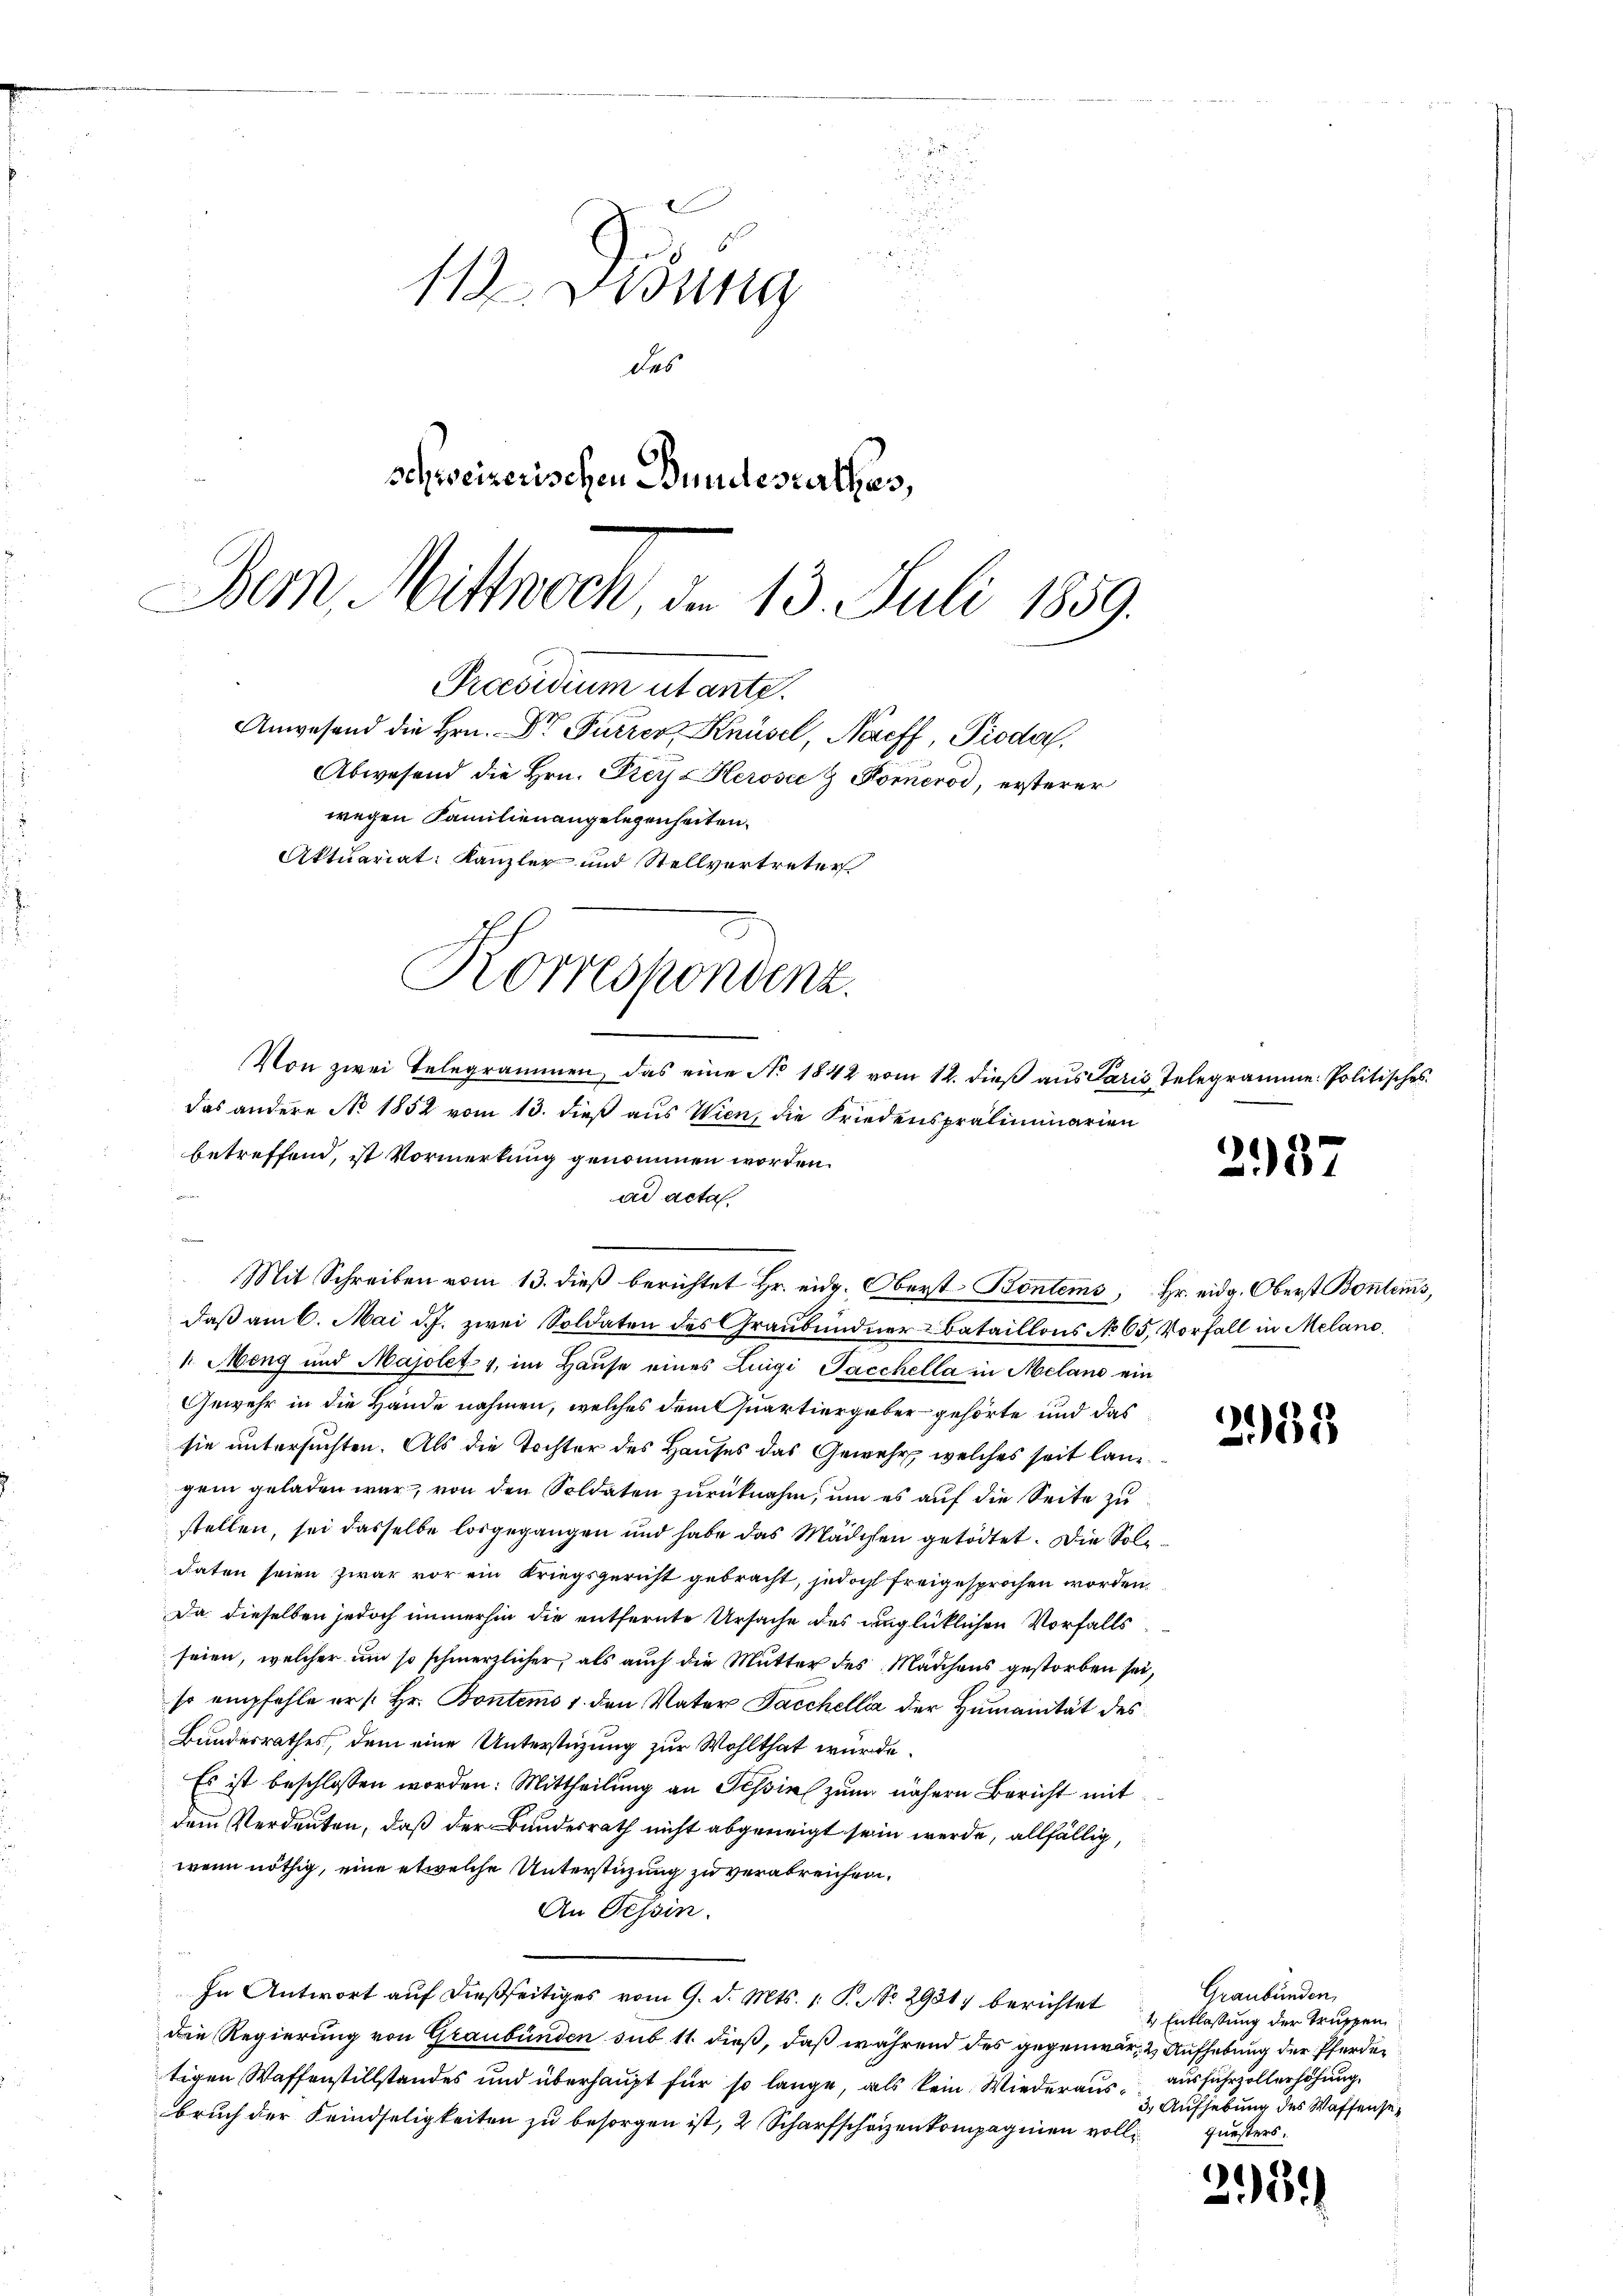
2
 20

1
11 Didung
des
schweizerischen Bundesrathes,
Dem Mittwoch, d. 13. Juli 1859.
Præsidium utante.
Anwesend die Hrn. Dr Furrer Knüsel, Naeff, Pioda,
Abwesend die Hrn. Preys Herose & Kornerod, ersterer
wegen Familienangelegenheiten.
Aktuariat: Kanzler und Stellvertreter

Von zwei Telegrammen, das eine No 1842 vom 12. dieß aus Paris Telegramme. Politisches
das andere No 1852 vom 13. dieß aus Wien, die Friedenspräliminarien
betreffend, ist Vormerkung genommen worden.
ad acta

Korrespondenz.

d
daß am 6. Mai d. J. zwei Soldaten des Graubündner-Bataillons No 65. Vorfall in Meland.
1. Meng und Majolet, im Haŭse eines Luigi Pacchella in Meland ein
Gewehr in die Hände nahmen, welches dem Quartiergeber gehörte und das
sie untersuchten. Als die Tochter des Hauses das Gewehr, welches seit lang
gem geladen war, von den Soldaten zurücknahm, um es auf die Seite zu
stellen, sei dasselbe losgegangen und habe das Mädchen getödtet. Die Sole
daten seien zwar vor ein Kriegsgericht gebracht, jedoch freigesprochen worden.
Da dieselben jedoch immerhin die entfernte Ursache des unglücklichen Vorfalls
seien, welcher um so schmerzlicher, als auch die Mutter des Mädchens gestorben sei,
so empfehle er s. Hr. Bontems 1. den Vater Sacchelli der Humannität des
Bundesrathes, dem eine Unterstüzung zur Wohlthat würde.
Es ist beschlossen worden: Mittheilung an Tessin zum nähern Bericht mit
dem Verdeuten, daß der Bundesrath nicht abgeneigt sein werde, allfällig,
wenn nöthig, eine etwelche Unterstüzung zu verabreichen.
An Tessin.
In Antwort auf dießseitiges vom 9. d. Mts. 1. P. NNo. 2931. berichtet
Die Regierung von Graubünden sub 11. dieß, daß während des gegenwär- & Aufhebung der Pferdetigen Waffenstillstandes und überhaupt für so lange, als kein Wiederaus ausfuhrzollerhöhung
bruch der Feindseligkeiten zu besorgen ist, 2 Scharfschaizenkompagnien volle questers

Mit Schreiben vom 13. dieß berichtet Hr. eidg. Oberst Bontems, Hr. eidg. Oberst Bontems,

2937

2033

Graubünden,
4 Entlaßung der Truppen
3.) Aufhebung des Waffense¬

5